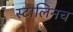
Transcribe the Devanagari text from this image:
स्टालिनच